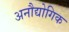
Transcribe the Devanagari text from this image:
अनौद्योगिक